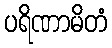
ပရိဏာမိတံ